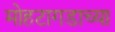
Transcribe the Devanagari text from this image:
मोहटागडाच्या